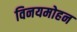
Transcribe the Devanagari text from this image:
विनयमोहन